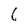
Character: 6